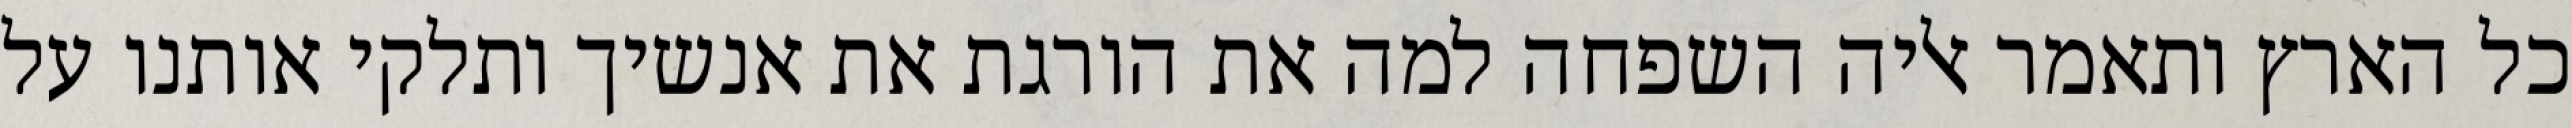
כל הארץ ותאמר אליה השפחה למה את הורגת את אנשיך ותלקי אותנו על